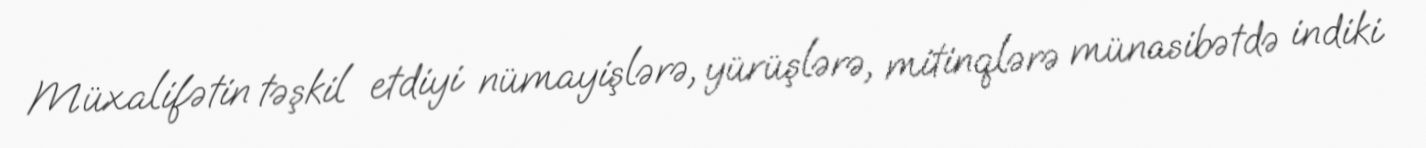
Müxalifətin təşkil etdiyi nümayişlərə, yürüşlərə, mitinqlərə münasibətdə indiki